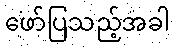
ဖော်ပြသည့်အခါ